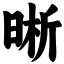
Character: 晰